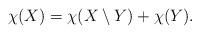
LaTeX: \begin{align*}\chi(X)=\chi(X\setminus Y)+\chi(Y).\end{align*}